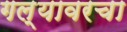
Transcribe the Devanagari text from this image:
गल्यावरचा